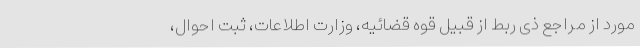
مورد از مراجع ذی ربط از قبیل قوه قضائیه، وزارت اطلاعات، ثبت احوال،